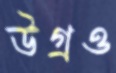
উগ্‌রও